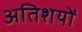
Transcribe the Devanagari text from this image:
अतिशयों